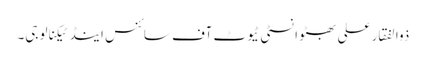
ذوالفقار علی بھٹو انسٹی ٹیوٹ آف سائنس اینڈ ٹیکنالوجی۔